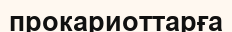
прокариоттарға